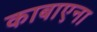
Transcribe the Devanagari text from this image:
काबाएना